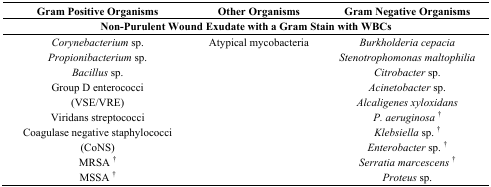
| Gram Positive Organisms | Other Organisms | Gram Negative Organisms |
 | <COLSPAN=3> Non-Purulent Wound Exudate with a Gram Stain with WBCs |
 | --- | --- | --- |
 | Corynebacterium sp. | Atypical mycobacteria | Burkholderia cepacia |
 | Propionibacterium sp. |  | Stenotrophomonas maltophilia |
 | Bacillus sp. |  | Citrobacter sp. |
 | Group D enterococci |  | Acinetobacter sp. |
 | (VSE/VRE) |  | Alcaligenes xyloxidans |
 | Viridans streptococci |  | P. aeruginosa † |
 | Coagulase negative staphylococci |  | Klebsiella sp. † |
 | (CoNS) |  | Enterobacter sp. † |
 | MRSA † |  | Serratia marcescens † |
 | MSSA † |  | Proteus sp. |